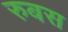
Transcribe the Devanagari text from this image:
रुबस